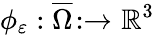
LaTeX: \phi_{\varepsilon}:\overline{{\Omega}}:\to\mathbb{R}^{3}